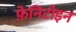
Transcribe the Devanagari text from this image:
फ़ेनिटोइन